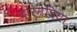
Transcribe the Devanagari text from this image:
दोरेमेदिया